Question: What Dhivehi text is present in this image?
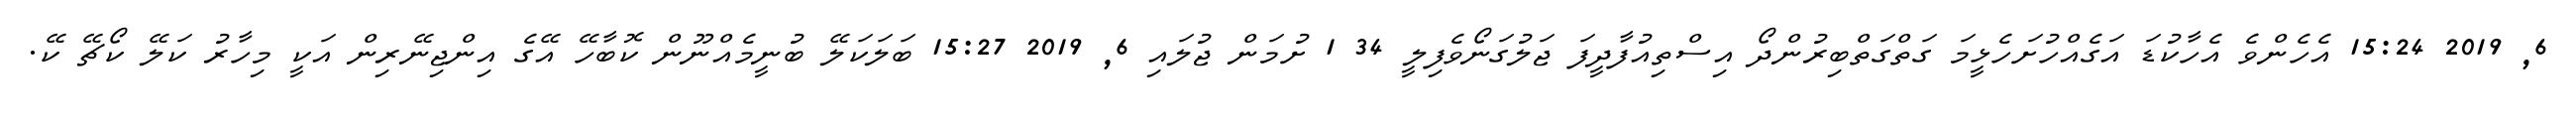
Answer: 6, 2019 15:24 އެހެންވެ އެހާކުޑަ އަގެއްހުށަހެޅީމަ ގަތްގަތްބިރުންދޯ އިސްތިއުފާދީފަ ޖަލުގަނޯވެފިލީ 34 1 ށުމަން ޖުލައި 6, 2019 15:27 ބަލަކަލޭ ބުނީމެއްނޫން ކޮބާހޭ އޭގެ އިންޖިނޭރިން އަކީ މިހާރު ކަލޭ ކޯޗޭ ކޭ.